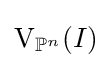
\operatorname {V} _{\mathbb {P} ^{n}}(I)